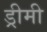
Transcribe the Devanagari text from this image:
ड्रीमी